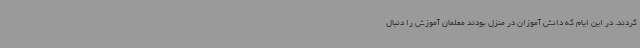
کردند. در این ایام که دانش آموزان در منزل بودند معلمان آموزش را دنبال